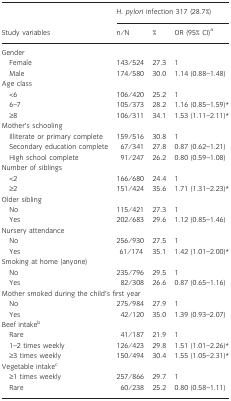
|  | <COLSPAN=3> H. pylori infection 317 (28.7%) |
 | Study variables | n/N | % | OR (95% CI)a |
 | --- | --- | --- | --- |
 | <COLSPAN=4> Gender |
 | Female | 143/524 | 27.3 | 1 |
 | Male | 174/580 | 30.0 | 1.14 (0.88–1.48) |
 | <COLSPAN=4> Age class |
 | <6 | 106/420 | 25.2 | 1 |
 | 6–7 | 105/373 | 28.2 | 1.16 (0.85–1.59)* |
 | ≥8 | 106/311 | 34.1 | 1.53 (1.11–2.11)* |
 | <COLSPAN=4> Mother’s schooling |
 | Illiterate or primary complete | 159/516 | 30.8 | 1 |
 | Secondary education complete | 67/341 | 27.8 | 0.87 (0.62–1.21) |
 | High school complete | 91/247 | 26.2 | 0.80 (0.59–1.08) |
 | <COLSPAN=4> Number of siblings |
 | <2 | 166/680 | 24.4 | 1 |
 | ≥2 | 151/424 | 35.6 | 1.71 (1.31–2.23)* |
 | <COLSPAN=4> Older sibling |
 | No | 115/421 | 27.3 | 1 |
 | Yes | 202/683 | 29.6 | 1.12 (0.85–1.46) |
 | <COLSPAN=4> Nursery attendance |
 | No | 256/930 | 27.5 | 1 |
 | Yes | 61/174 | 35.1 | 1.42 (1.01–2.00)* |
 | <COLSPAN=4> Smoking at home (anyone) |
 | No | 235/796 | 29.5 | 1 |
 | Yes | 82/308 | 26.6 | 0.87 (0.65–1.16) |
 | <COLSPAN=4> Mother smoked during the child’s first year |
 | No | 275/984 | 27.9 | 1 |
 | Yes | 42/120 | 35.0 | 1.39 (0.93–2.07) |
 | <COLSPAN=4> Beef intakeb |
 | Rare | 41/187 | 21.9 | 1 |
 | 1–2 times weekly | 126/423 | 29.8 | 1.51 (1.01–2.26)* |
 | ≥3 times weekly | 150/494 | 30.4 | 1.55 (1.05–2.31)* |
 | <COLSPAN=4> Vegetable intakec |
 | ≥1 times weekly | 257/866 | 29.7 | 1 |
 | Rare | 60/238 | 25.2 | 0.80 (0.58–1.11) |